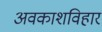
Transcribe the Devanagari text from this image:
अवकाशविहार